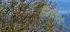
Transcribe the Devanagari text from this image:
जियोनो